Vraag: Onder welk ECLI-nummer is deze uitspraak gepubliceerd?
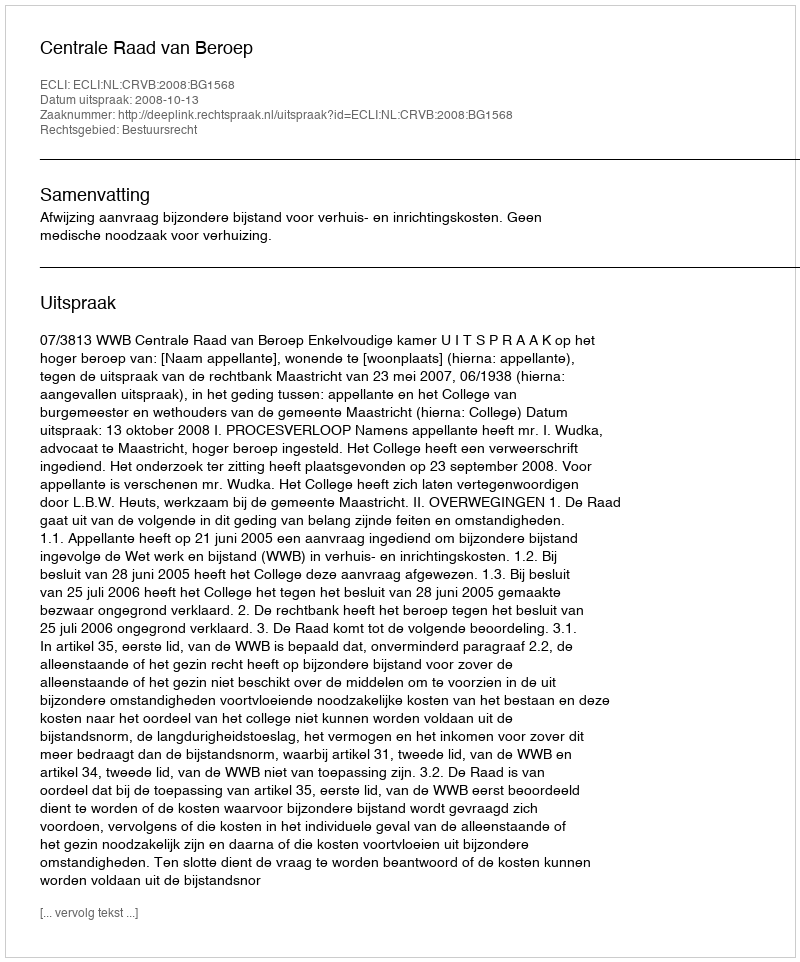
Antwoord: ECLI:NL:CRVB:2008:BG1568